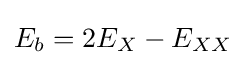
E_{b}=2E_{X}-E_{XX}